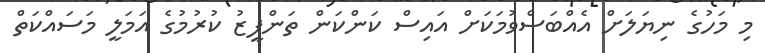
މި މަހުގެ ނިޔަލަށް އެއްބަސްވުމަކަށް އައިސް ކަންކަން ތަންފީޒު ކުރުމުގެ އަމަލީ މަސައްކަތް